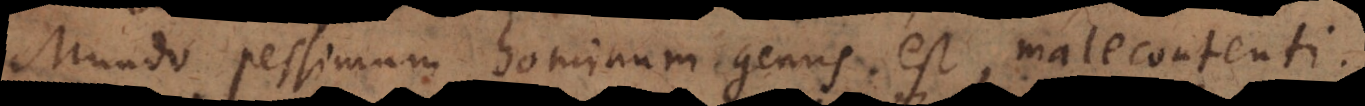
Mundo pessimum hominum genus est, malecontenti.